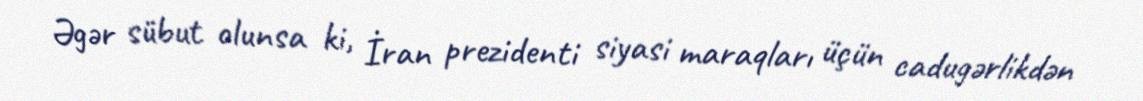
Əgər sübut olunsa ki, İran prezidenti siyasi maraqları üçün cadugərlikdən